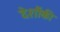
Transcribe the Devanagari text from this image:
देशौंकी